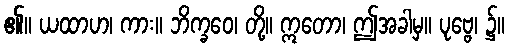
၏။ ယထာဟ၊ ကား။ ဘိက္ခဝေ၊ တို့။ ဣတော၊ ဤအခါမှ။ ပုဗ္ဗေ၊ ၌။